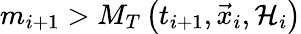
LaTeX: m_{i+1}>M_{T}\left(t_{i+1},\vec{x}_{i},{\cal H}_{i}\right)